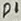
Text: D1